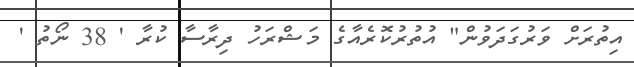
އިތުރަށް ވަރުގަދަވުން" އުތުރުކޮރެއާގެ މަޝްރަހު ދިރާސާ ކުރާ ' 38 ނޯތު '